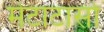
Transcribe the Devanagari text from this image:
मेटाटार्सो